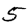
Digit: 5